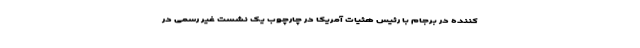
کننده در برجام با رئیس هئیات آمریکا در چارچوب یک نشست غیر رسمی در